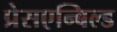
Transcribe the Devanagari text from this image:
प्रेसएन्बिल्ड